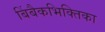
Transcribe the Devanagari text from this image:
बिंबैकभिक्तिका